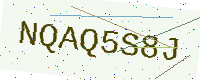
Text: NQAQ5S8J